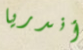
أندريا